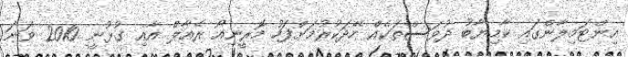
އިންޓަމިލާންގައި ކާމިޔާބު ދުވަސްތަކެއް ހޭދަކުރުމަށްފަހު މޮރީނިއޯ ރެއާލް އާއި ގުޅުނީ 2010 ވަނަ